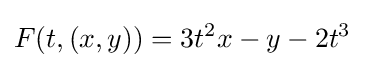
F(t,(x,y))=3t^{2}x-y-2t^{3}